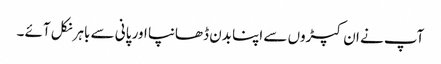
آپ نے ان کپڑوں سے اپنا بدن ڈھانپا اور پانی سے باہر نکل آئے ۔